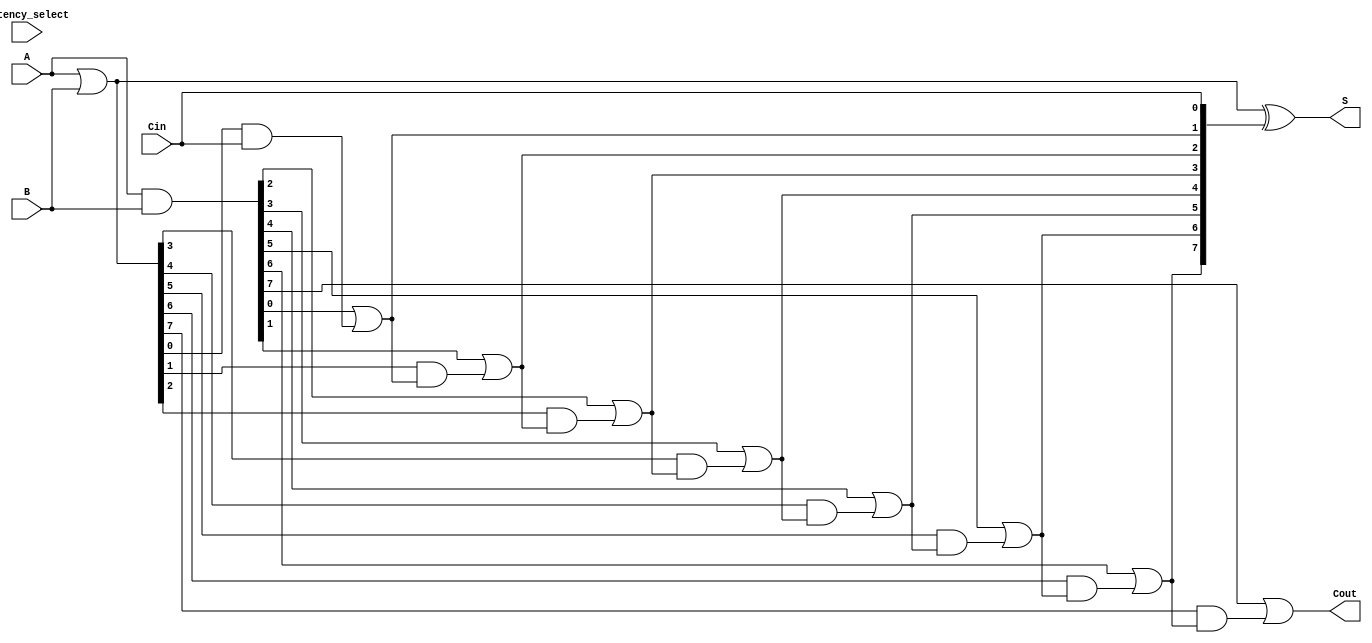
module VariableLatencyCLAA #(
    parameter N = 8  // Parameter to define the bit width
)(
    input [N-1:0] A,    // First n-bit input
    input [N-1:0] B,    // Second n-bit input
    input Cin,          // Carry-in
    input [1:0] latency_select, // Control signal to select latency level
    output [N-1:0] S,   // n-bit sum output
    output Cout         // Carry-out
);

    // Generate and Propagate signals
    wire [N-1:0] G; // Generate signals
    wire [N-1:0] P; // Propagate signals
    wire [N:0] C;   // Carry signals

    // Generate and Propagate logic
    assign G = A & B;      // G[i] = A[i] & B[i]
    assign P = A | B;      // P[i] = A[i] | B[i]

    // Carry calculation
    assign C[0] = Cin; // C[0] = Cin

    genvar i;
    generate
        for (i = 1; i < N+1; i = i + 1) begin : carry_calculation
            assign C[i] = G[i-1] | (P[i-1] & C[i-1]); // C[i] = G[i-1] | (P[i-1] & C[i-1])
        end
    endgenerate

    // Sum calculation
    assign S = P ^ C[N-1:0]; // S[i] = P[i] ^ C[i]

    // Carry-out
    assign Cout = C[N]; // Cout = C[n]

    // Variable latency mechanism (this is a simplified example)
    // In a real design, you would implement multiplexers or control logic to select different levels of carry lookahead.
    // Here we just provide a stub for the variable latency control.
    always @(*) begin
        case(latency_select)
            2'b00: begin
                // Fast carry lookahead for small inputs
                // (This would typically involve reduced depth logic)
            end
            2'b01: begin
                // Medium latency
            end
            2'b10: begin
                // Full latency
            end
            default: begin
                // Default case, could also be an error or a fixed latency
            end
        endcase
    end

endmodule